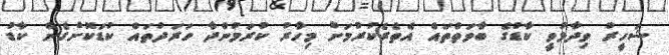
ޝަހީރު ވިދާޅުވީ ކާޑުގެ ބާވަތްތައް އެތެރެކުރުމަށް މިހާރު ކުރަމުންދާ ހަރަދުތައް ކުޑަކޮށްގެން ކާޑު